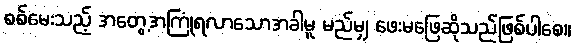
စစ်မေးသည့် အတွေ့အကြုံရလာသောအခါမူ မည်မျှ ဖေးမဖြေဆိုသည်ဖြစ်ပါစေ။